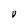
Character: v